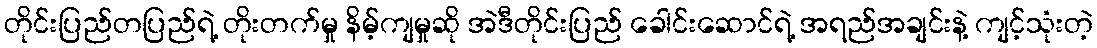
တိုင်းပြည်တပြည်ရဲ့ တိုးတက်မှု နိမ့်ကျမှုဆို အဲဒီတိုင်းပြည် ခေါင်းဆောင်ရဲ့ အရည်အချင်းနဲ့ ကျင့်သုံးတဲ့